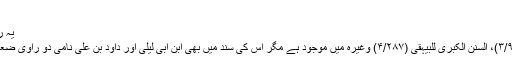
“
یہ روایت مسنداحمد (۱/۲۴۱)، ابن
خزیمہ (۲۰۹۵) ، الکامل (۳/۹۵۶)، السنن الکبریٰ للبیہقی (۴/۲۸۷) وغیرہ میں موجود ہے مگر اس کی سند میں بھی ابن ابی لیلیٰ اور داود بن علی نامی دو راوی ضعیف ہیں لہٰذا یہ قابل حجت نہیں۔